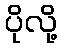
ပိုလို့